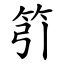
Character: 䇙